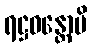
ရဋ္ဌဝန္တောပိ